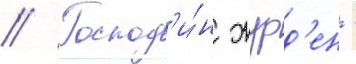
// Господ'и́н журд'ен -